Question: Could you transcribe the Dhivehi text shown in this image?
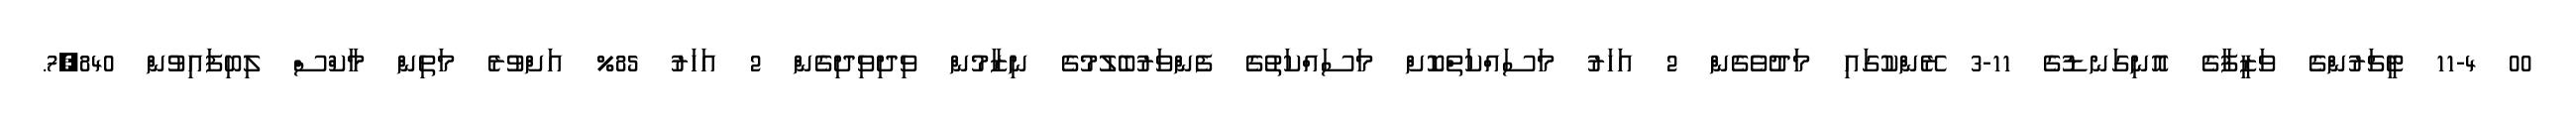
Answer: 00 11-4 ޓީޗަރުންގެ ވަޒީފާގެ އޮނިގަނޑުގެ 11-3 ރޭންކުގައި މަދުވެގެން 2 އަހަރު މަސައްކަތްކޮށް މަސައްކަތުގެ ފެންވަރުބެލުމުގެ ނިޒާމުން ވިދިވިދިގެން 2 އަހަރު 85% އަށްވުރެ މަތިން މާކްސް ލިބިފައިވުން 7,840.